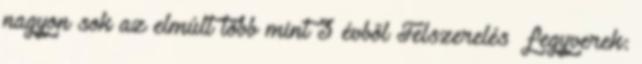
nagyon sok az elmúlt több mint 3 évből Felszerelés fegyverek: